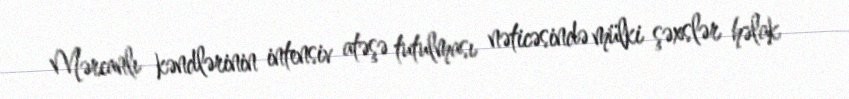
Mərcanlı kəndlərinin intensiv atəşə tutulması nəticəsində mülki şəxslər həlak